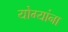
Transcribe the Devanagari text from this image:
योग्यांना